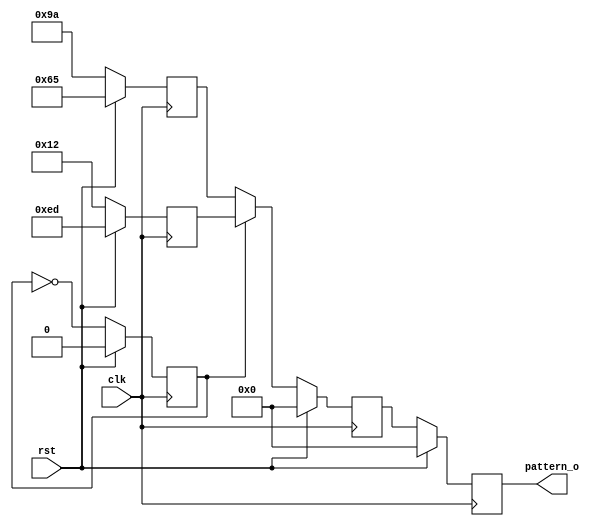
//-----------------------------------------------------------------------------
//
// (c) Copyright 2010-2011 Xilinx, Inc. All rights reserved.
//
// This file contains confidential and proprietary information
// of Xilinx, Inc. and is protected under U.S. and
// international copyright and other intellectual property
// laws.
//
// DISCLAIMER
// This disclaimer is not a license and does not grant any
// rights to the materials distributed herewith. Except as
// otherwise provided in a valid license issued to you by
// Xilinx, and to the maximum extent permitted by applicable
// law: (1) THESE MATERIALS ARE MADE AVAILABLE "AS IS" AND
// WITH ALL FAULTS, AND XILINX HEREBY DISCLAIMS ALL WARRANTIES
// AND CONDITIONS, EXPRESS, IMPLIED, OR STATUTORY, INCLUDING
// BUT NOT LIMITED TO WARRANTIES OF MERCHANTABILITY, NON-
// INFRINGEMENT, OR FITNESS FOR ANY PARTICULAR PURPOSE; and
// (2) Xilinx shall not be liable (whether in contract or tort,
// including negligence, or under any other theory of
// liability) for any loss or damage of any kind or nature
// related to, arising under or in connection with these
// materials, including for any direct, or any indirect,
// special, incidental, or consequential loss or damage
// (including loss of data, profits, goodwill, or any type of
// loss or damage suffered as a result of any action brought
// by a third party) even if such damage or loss was
// reasonably foreseeable or Xilinx had been advised of the
// possibility of the same.
//
// CRITICAL APPLICATIONS
// Xilinx products are not designed or intended to be fail-
// safe, or for use in any application requiring fail-safe
// performance, such as life-support or safety devices or
// systems, Class III medical devices, nuclear facilities,
// applications related to the deployment of airbags, or any
// other applications that could lead to death, personal
// injury, or severe property or environmental damage
// (individually and collectively, "Critical
// Applications"). Customer assumes the sole risk and
// liability of any use of Xilinx products in Critical
// Applications, subject only to applicable laws and
// regulations governing limitations on product liability.
//
// THIS COPYRIGHT NOTICE AND DISCLAIMER MUST BE RETAINED AS
// PART OF THIS FILE AT ALL TIMES.
//
//-----------------------------------------------------------------------------
// Project    : Series-7 Integrated Block for PCI Express
// Version    : 1.6
//--
//-- Description:  PCIe Fast Configuration Init Counter
//--
//------------------------------------------------------------------------------
module pcie_7x_v1_6_fast_cfg_init_cntr #(
  parameter PATTERN_WIDTH = 8,
  parameter INIT_PATTERN  = 8'hA5,
  parameter INIT_PATTERN1 = 8'h12,
  parameter INIT_PATTERN2 = 8'h9a,
  parameter TCQ           = 1
) (
  input                          clk,
  input                          rst,
  output reg [PATTERN_WIDTH-1:0] pattern_o
);

//This logic constantly alternates between 2 values. The "KEEP"
// and registering of constant values is used to prevent optimization;
// it is important to preserve all the output bits so the 1st stage
// bitstream's pattern match logic has to check all the bits.
(* KEEP = "TRUE" *) reg [PATTERN_WIDTH-1:0] init_pattern1_reg    = 'h0;
(* KEEP = "TRUE" *) reg [PATTERN_WIDTH-1:0] init_pattern2_reg    = 'h0;
(* KEEP = "TRUE" *) reg                     init_toggle          = 1'b0;
(* KEEP = "TRUE" *) reg [PATTERN_WIDTH-1:0] init_pattern_bus_pre = 'h0;
always @(posedge clk) begin
    if(rst) begin
      init_pattern1_reg    <= #TCQ ~INIT_PATTERN1;
      init_pattern2_reg    <= #TCQ ~INIT_PATTERN2;
      init_toggle          <= #TCQ 'h0;
      init_pattern_bus_pre <= #TCQ 'h0;
      pattern_o            <= #TCQ 'h0;
    end else begin
      init_pattern1_reg    <= #TCQ INIT_PATTERN1;
      init_pattern2_reg    <= #TCQ INIT_PATTERN2;
      init_toggle          <= #TCQ !init_toggle;
      init_pattern_bus_pre <= #TCQ init_toggle ? init_pattern1_reg : init_pattern2_reg;
      pattern_o            <= #TCQ init_pattern_bus_pre;
    end
end

endmodule